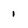
Character: 1